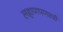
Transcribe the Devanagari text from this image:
लहाणपणाची